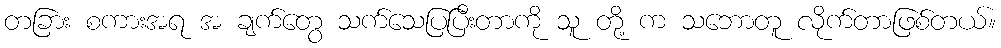
တခြား စကားအရ အ ချက်တွေ သက်သေပြပြီးတာကို သူ တို့ က သဘောတူ လိုက်တာဖြစ်တယ်။